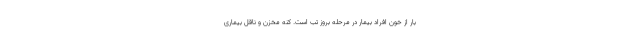
بار از خون افراد بیمار در مرحله بروز تب است. کنه مخزن و ناقل بیماری